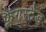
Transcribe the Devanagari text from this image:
फ्लैगस्टैड